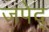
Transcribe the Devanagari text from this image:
जपेद्